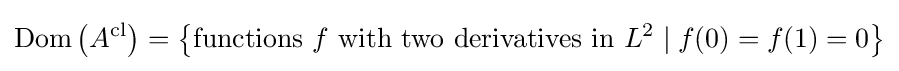
\operatorname {Dom} \left(A^{\mathrm {cl} }\right)=\left\{{\text{functions }}f{\text{ with two derivatives in }}L^{2}\mid f(0)=f(1)=0\right\}